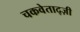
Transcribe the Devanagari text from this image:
चकवेताद्ज़ी